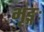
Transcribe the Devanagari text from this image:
भृङ्गः